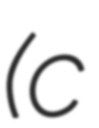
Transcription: (c